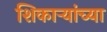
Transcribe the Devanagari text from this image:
शिकाऱ्यांच्या